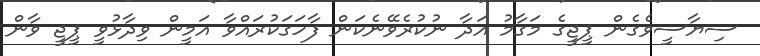
ސިޔާސީވެގެން ޕީޖީގެ މަގާމު އަދާ ނުކުރެވޭނެކަން ފާހަގަކުރައްވާ އަމީން ވިދާޅުވީ ޕީޖީ ވާން